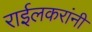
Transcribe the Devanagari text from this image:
राईलकरांनी